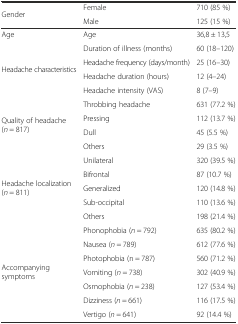
| <ROWSPAN=2> Gender | Female | 710 (85 %) |
 | Male | 125 (15 %) |
 | --- | --- | --- |
 | Age | Age | 36,8 ± 13,5 |
 | <ROWSPAN=4> Headache characteristics | Duration of illness (months) | 60 (18–120) |
 | Headache frequency (days/month) | 25 (16–30) |
 | Headache duration (hours) | 12 (4–24) |
 | Headache intensity (VAS) | 8 (7–9) |
 | <ROWSPAN=4> Quality of headache (n = 817) | Throbbing headache | 631 (77.2 %) |
 | Pressing | 112 (13.7 %) |
 | Dull | 45 (5.5 %) |
 | Others | 29 (3.5 %) |
 | <ROWSPAN=5> Headache localization (n = 811) | Unilateral | 320 (39.5 %) |
 | Bifrontal | 87 (10.7 %) |
 | Generalized | 120 (14.8 %) |
 | Sub-occipital | 110 (13.6 %) |
 | Others | 198 (21.4 %) |
 | <ROWSPAN=7> Accompanying symptoms | Phonophobia (n = 792) | 635 (80.2 %) |
 | Nausea (n = 789) | 612 (77.6 %) |
 | Photophobia (n = 787) | 560 (71.2 %) |
 | Vomiting (n = 738) | 302 (40.9 %) |
 | Osmophobia (n = 238) | 127 (53.4 %) |
 | Dizziness (n = 661) | 116 (17.5 %) |
 | Vertigo (n = 641) | 92 (14.4 %) |